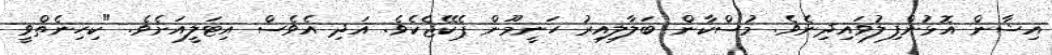
އިޝާން އޮޅުންފިލުވައިދިނެވެ. މުސްކާން ބަލާލިއިރު ހަނީމޫން ޕެކޭޖެކެވެ. އަދި އެވެސް އިޓަލީއަށެވެ. "ކިހިނެތްވީ